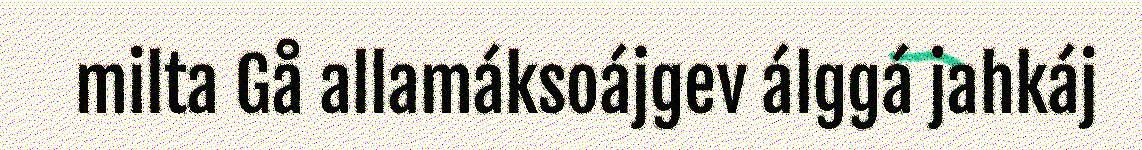
milta Gå allamáksoájgev álggá jahkáj